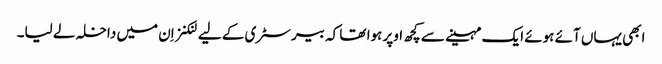
ابھی یہاں آئے ہوئے ایک مہینے سے کچھ اوپر ہوا تھا کہ بیرسٹری کے لیے لنکنز اِن میں داخلہ لے لیا۔